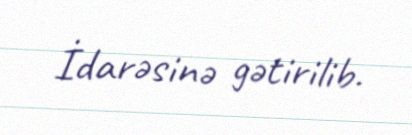
İdarəsinə gətirilib.